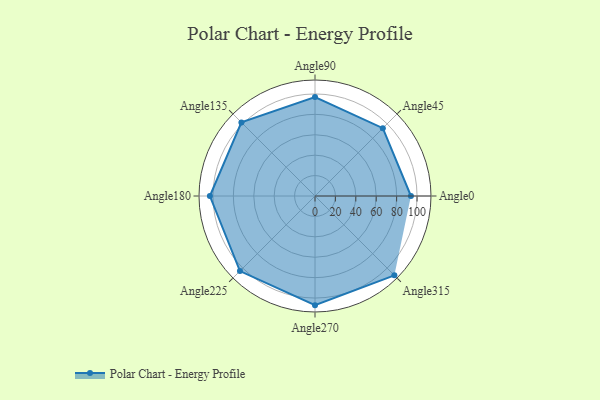
{"axis": {"x": "Angle", "y": "Radius"}, "legend": [""], "data": [{"x": "Angle0", "y": 94.0, "type": ""}, {"x": "Angle45", "y": 94.0, "type": ""}, {"x": "Angle90", "y": 97.0, "type": ""}, {"x": "Angle135", "y": 102.0, "type": ""}, {"x": "Angle180", "y": 103.0, "type": ""}, {"x": "Angle225", "y": 104.0, "type": ""}, {"x": "Angle270", "y": 107.0, "type": ""}, {"x": "Angle315", "y": 110.0, "type": ""}]}